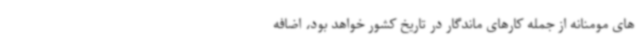
های مومنانه از جمله کارهای ماندگار در تاریخ کشور خواهد بود، اضافه